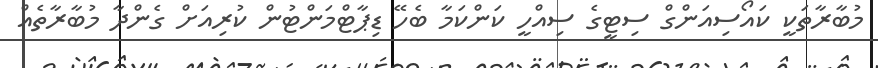
މުބާރާތަކީ ކައޯސިއަންގް ސިޓީގެ ސިއްހީ ކަންކަމާ ބެހޭ ޑިޕާޓްމަންޓުން ކުރިއަށް ގެންދާ މުބާރާތެއް